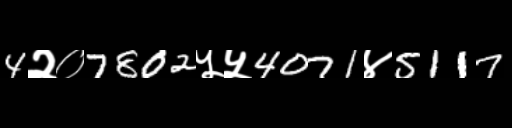
Text: 4२०7802५५4071४5117